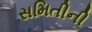
સમિતીની